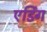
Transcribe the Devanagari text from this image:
एर्डिंग